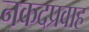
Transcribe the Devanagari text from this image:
नकदप्रवाह